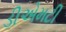
ડીએમટી